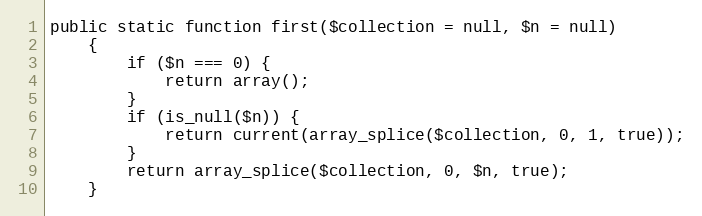
Language: PHP
public static function first($collection = null, $n = null)
    {
        if ($n === 0) {
            return array();
        }
        if (is_null($n)) {
            return current(array_splice($collection, 0, 1, true));
        }
        return array_splice($collection, 0, $n, true);
    }